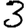
Digit: 3